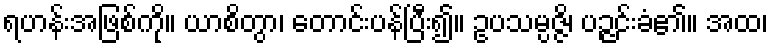
ရဟန်းအဖြစ်ကို။ ယာစိတွာ၊ တောင်းပန်ပြီး၍။ ဥပသမ္ပဇ္ဇိ၊ ပဉ္ဇင်းခံ၏။ အထ၊